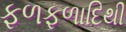
ફળફળાદિથી